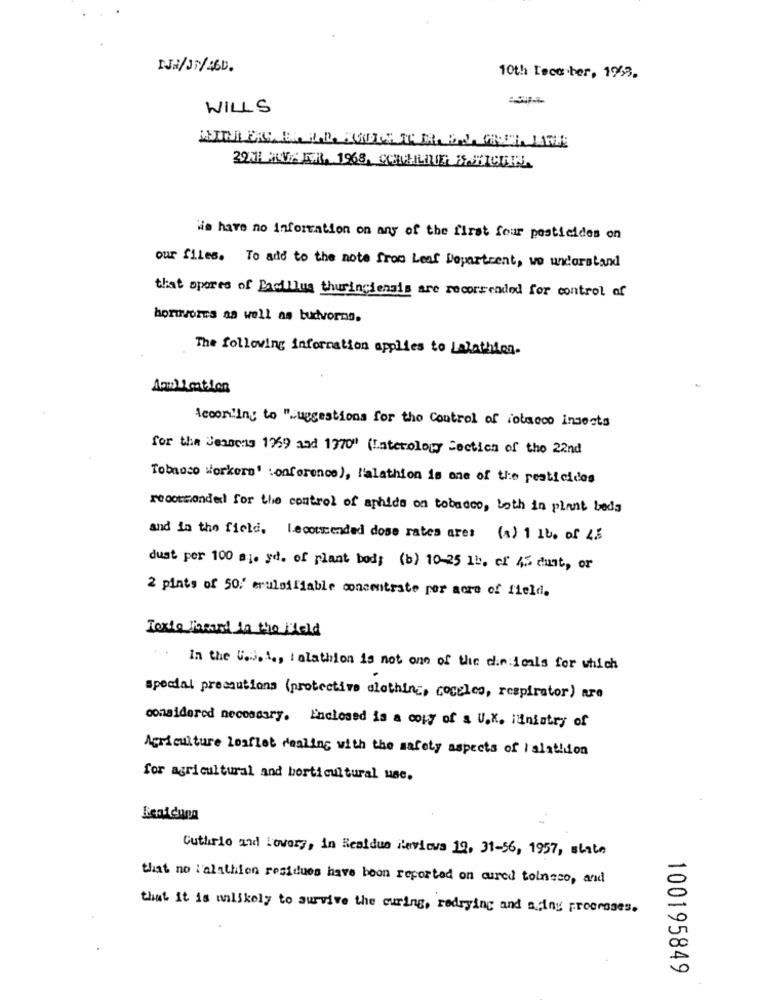
IJA/Ji/46D.
10th Toco ber, 1963.
WILLS
Wie have no information on any of the first four pesticides on
our files. To add to the note from Leaf Department, we understand
that opores of Bacillus thuringiensis are recorrended for control of
horuvores na well as budvorns.
The following information applies to Lalathion.
According to "Suggestions for the Control of tobacco insects
for the Jensens 1959 and 1970" (Laterology Section of the 22nd
Tobaoco workers' conference), l'alathion is one of the pesticides
recommended for the control of aphids on tobacco, both in plant beds
and in the field. Recommended dose rates are: (s) 1 1V. of 4.5
dust per 100 sie yd. of plant bod; (b) 10-25 1b. of 45 dust, or
2 pints of 50/' eruloiliable concentrate per acre of field.
Texte locard in the Field
In the U.s. i ., Ialathion is not one of the die icals for which
special precautions (protective clothing, cocelco, respirator) are
considered necessary. Enclosed is a copy of a U.K. idinintry of
Agriculture leaflet dealing with the safety aspects of islathion
for agricultural and horticultural use.
Guthrie and Lovers, in Residuo Reviews 19, 31-56, 1957, state
that no l'alathion residues have boon reported on cured toinsso, and
that it is unlikely to survive the curing, redrying and a :iny processes.
100195849